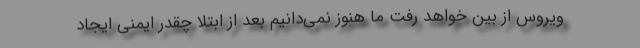
ویروس از بین خواهد رفت ما هنوز نمی‌دانیم بعد از ابتلا چقدر ایمنی ایجاد